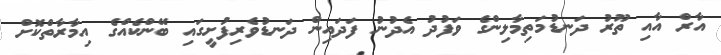
އާރް އާއި ތޫރު ދަނޑުމަތިމާލިންގެ ވަފުދު އެދުނު ފަދައިން ދަނޑުވެރިފުށީގައި ބޭންކެއްގެ އިމާރާތްކޮށް